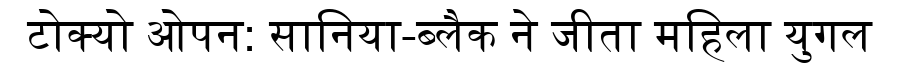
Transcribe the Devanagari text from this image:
टोक्यो ओपन: सानिया-ब्लैक ने जीता महिला युगल